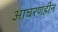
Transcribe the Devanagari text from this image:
आचरणहीन